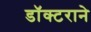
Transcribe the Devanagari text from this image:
डॉक्टराने